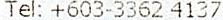
TEL: +603-3362 4137